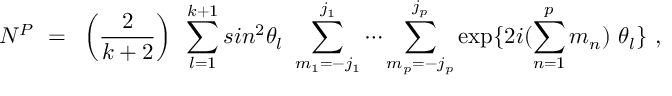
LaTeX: N ^ { \cal P } ~ = ~ \left( \frac { 2 } { k + 2 } \right) ~ \sum _ { l = 1 } ^ { k + 1 } s i n ^ { 2 } \theta _ { l } ~ \sum _ { m _ { 1 } = - j _ { 1 } } ^ { j _ { 1 } } \cdots \sum _ { m _ { p } = - j _ { p } } ^ { j _ { p } } \exp \{ 2 i ( \sum _ { n = 1 } ^ { p } m _ { n } ) ~ \theta _ { l } \} ~ ,